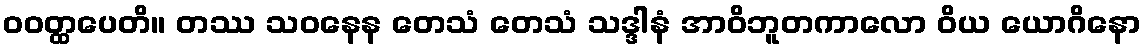
ဝဝတ္ထပေတိ။ တဿ သဝနေန တေသံ တေသံ သဒ္ဒါနံ အာဝိဘူတကာလော ဝိယ ယောဂိနော